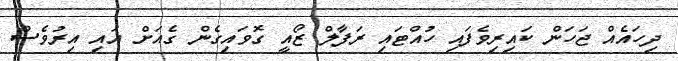
ދިހައެއް ޖަހަން ކައިރިވެފައި ހުއްޓައި ރަފާލް ޒޯއީ ގޮވައިގެން ގެއަށް އައި އިރުވެސް